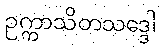
ဥက္ကာသိတသဒ္ဒေါ